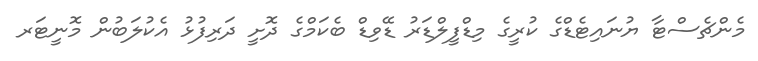
މެންޗެސްޓާ ޔުނައިޓެޑްގެ ކުރީގެ މިޑްފީލްޑަރު ޑޭވިޑް ބެކަމްގެ ދޮށީ ދަރިފުޅު އެކުލަބުން މޮނީޓަރ